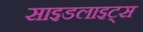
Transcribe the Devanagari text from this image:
साइडलाइट्स